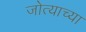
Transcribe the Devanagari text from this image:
जोत्याच्या